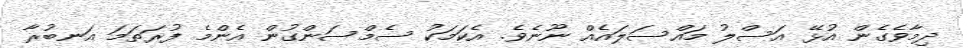
ދިމާވެގެން އުޅޭ އަސްލު މައްސަލައެއް ނޫނެވެ. އެކަމަކު ސެމްސަންގުން އެންމެ ފުރަތަމަ އަނބުރާ